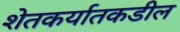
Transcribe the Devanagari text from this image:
शेतकर्यातकडील